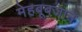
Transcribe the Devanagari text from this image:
मेहबूबजान